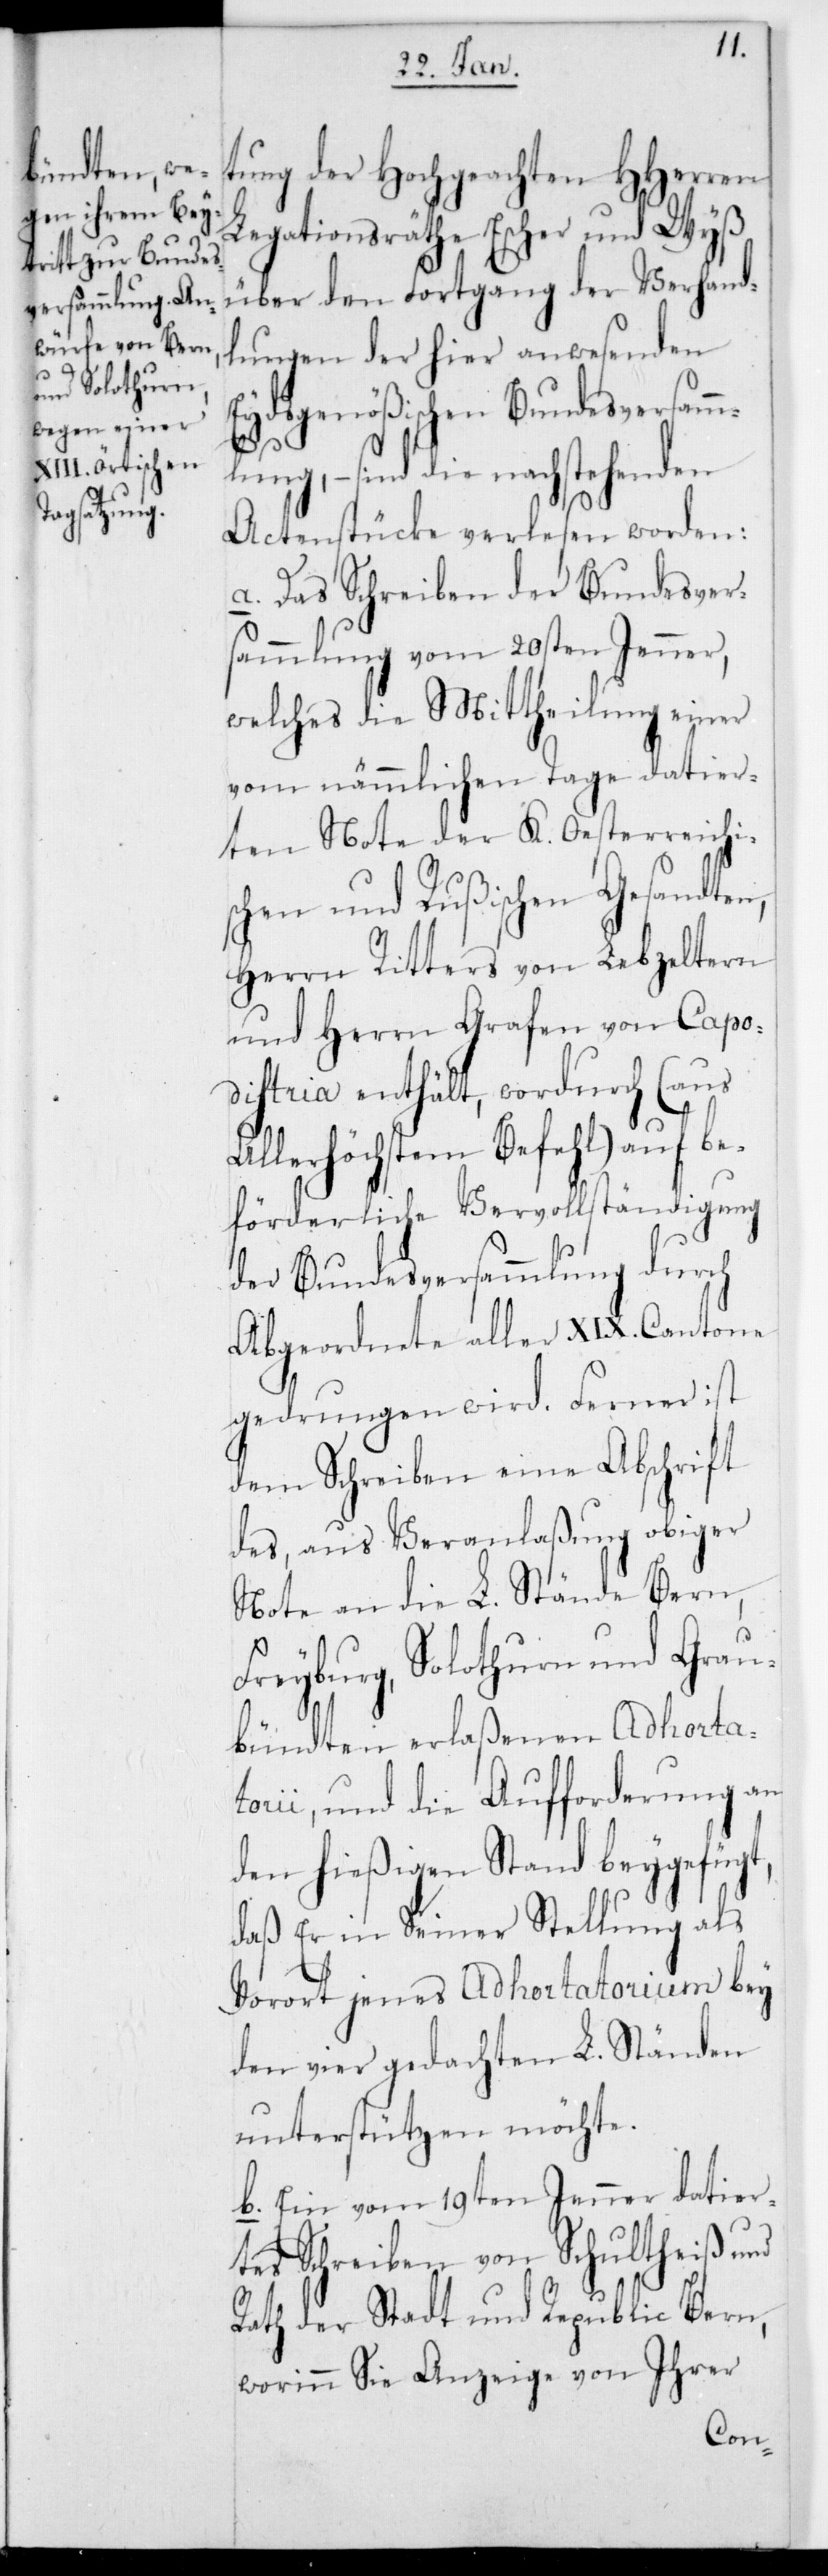
tung der Hochgeachten HHerren
Legationsräthe Escher und Wyß
über den Fortgang der Verhand¬
lungen der hier anwesenden
Eydsgenößischen Bundesversamm¬
lung, – sind die nachstehenden
Actenstücke verlesen worden:
a. Das Schreiben der Bundesver¬
sammlung vom 20sten Jenner,
welches die Mittheilung einer
vom nämmlichen Tage datier¬
ten Note der K. Oesterreichis¬
chen und Rußischen Gesandten,
Herrn Ritters von Lebzeltern
und Herrn Grafen von Capod¬
istria enthält, wordurch (aus
Allerhöchstem Befehl) auf be¬
förderliche Vervollständigung
der Bundesversammlung durch
Abgeordnete aller XIX. Cantone
gedrungen wird. Ferner ist
dem Schreiben eine Abschrift
des aus Veranlaßung obiger
Note an die L. Stände Bern,
Freyburg, Solothurn und Grau¬
bündten erlaßenen Adhorta¬
torii und die Aufforderung an
den hießigen Stand beygefügt,
daß er in seiner Stellung als
Vorort jenes Adhortatorium bey
den vier gedachten L. Ständen
unterstützen möchte.
b. Ein vom 19ten Jenner datier¬
tes Schreiben von Schultheiß und
Rath der Stadt und Republic Bern,
worinn Sie Anzeige von Ihrer